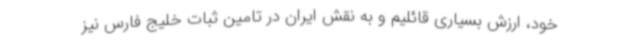
خود، ارزش بسیاری قائلیم و به نقش ایران در تامین ثبات خلیج فارس نیز